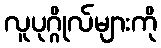
လူပုဂ္ဂိုလ်များကို